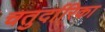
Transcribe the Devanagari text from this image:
चतुर्दारिका